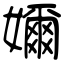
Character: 嬭